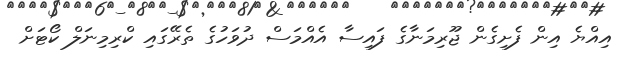
އިއްޔެ އިން ފެށިގެން ޖޫރިމަނާގެ ފައިސާ އެއްމަސް ދުވަހުގެ ތެރޭގައި ކްރިމިނަލް ކޯޓަށް